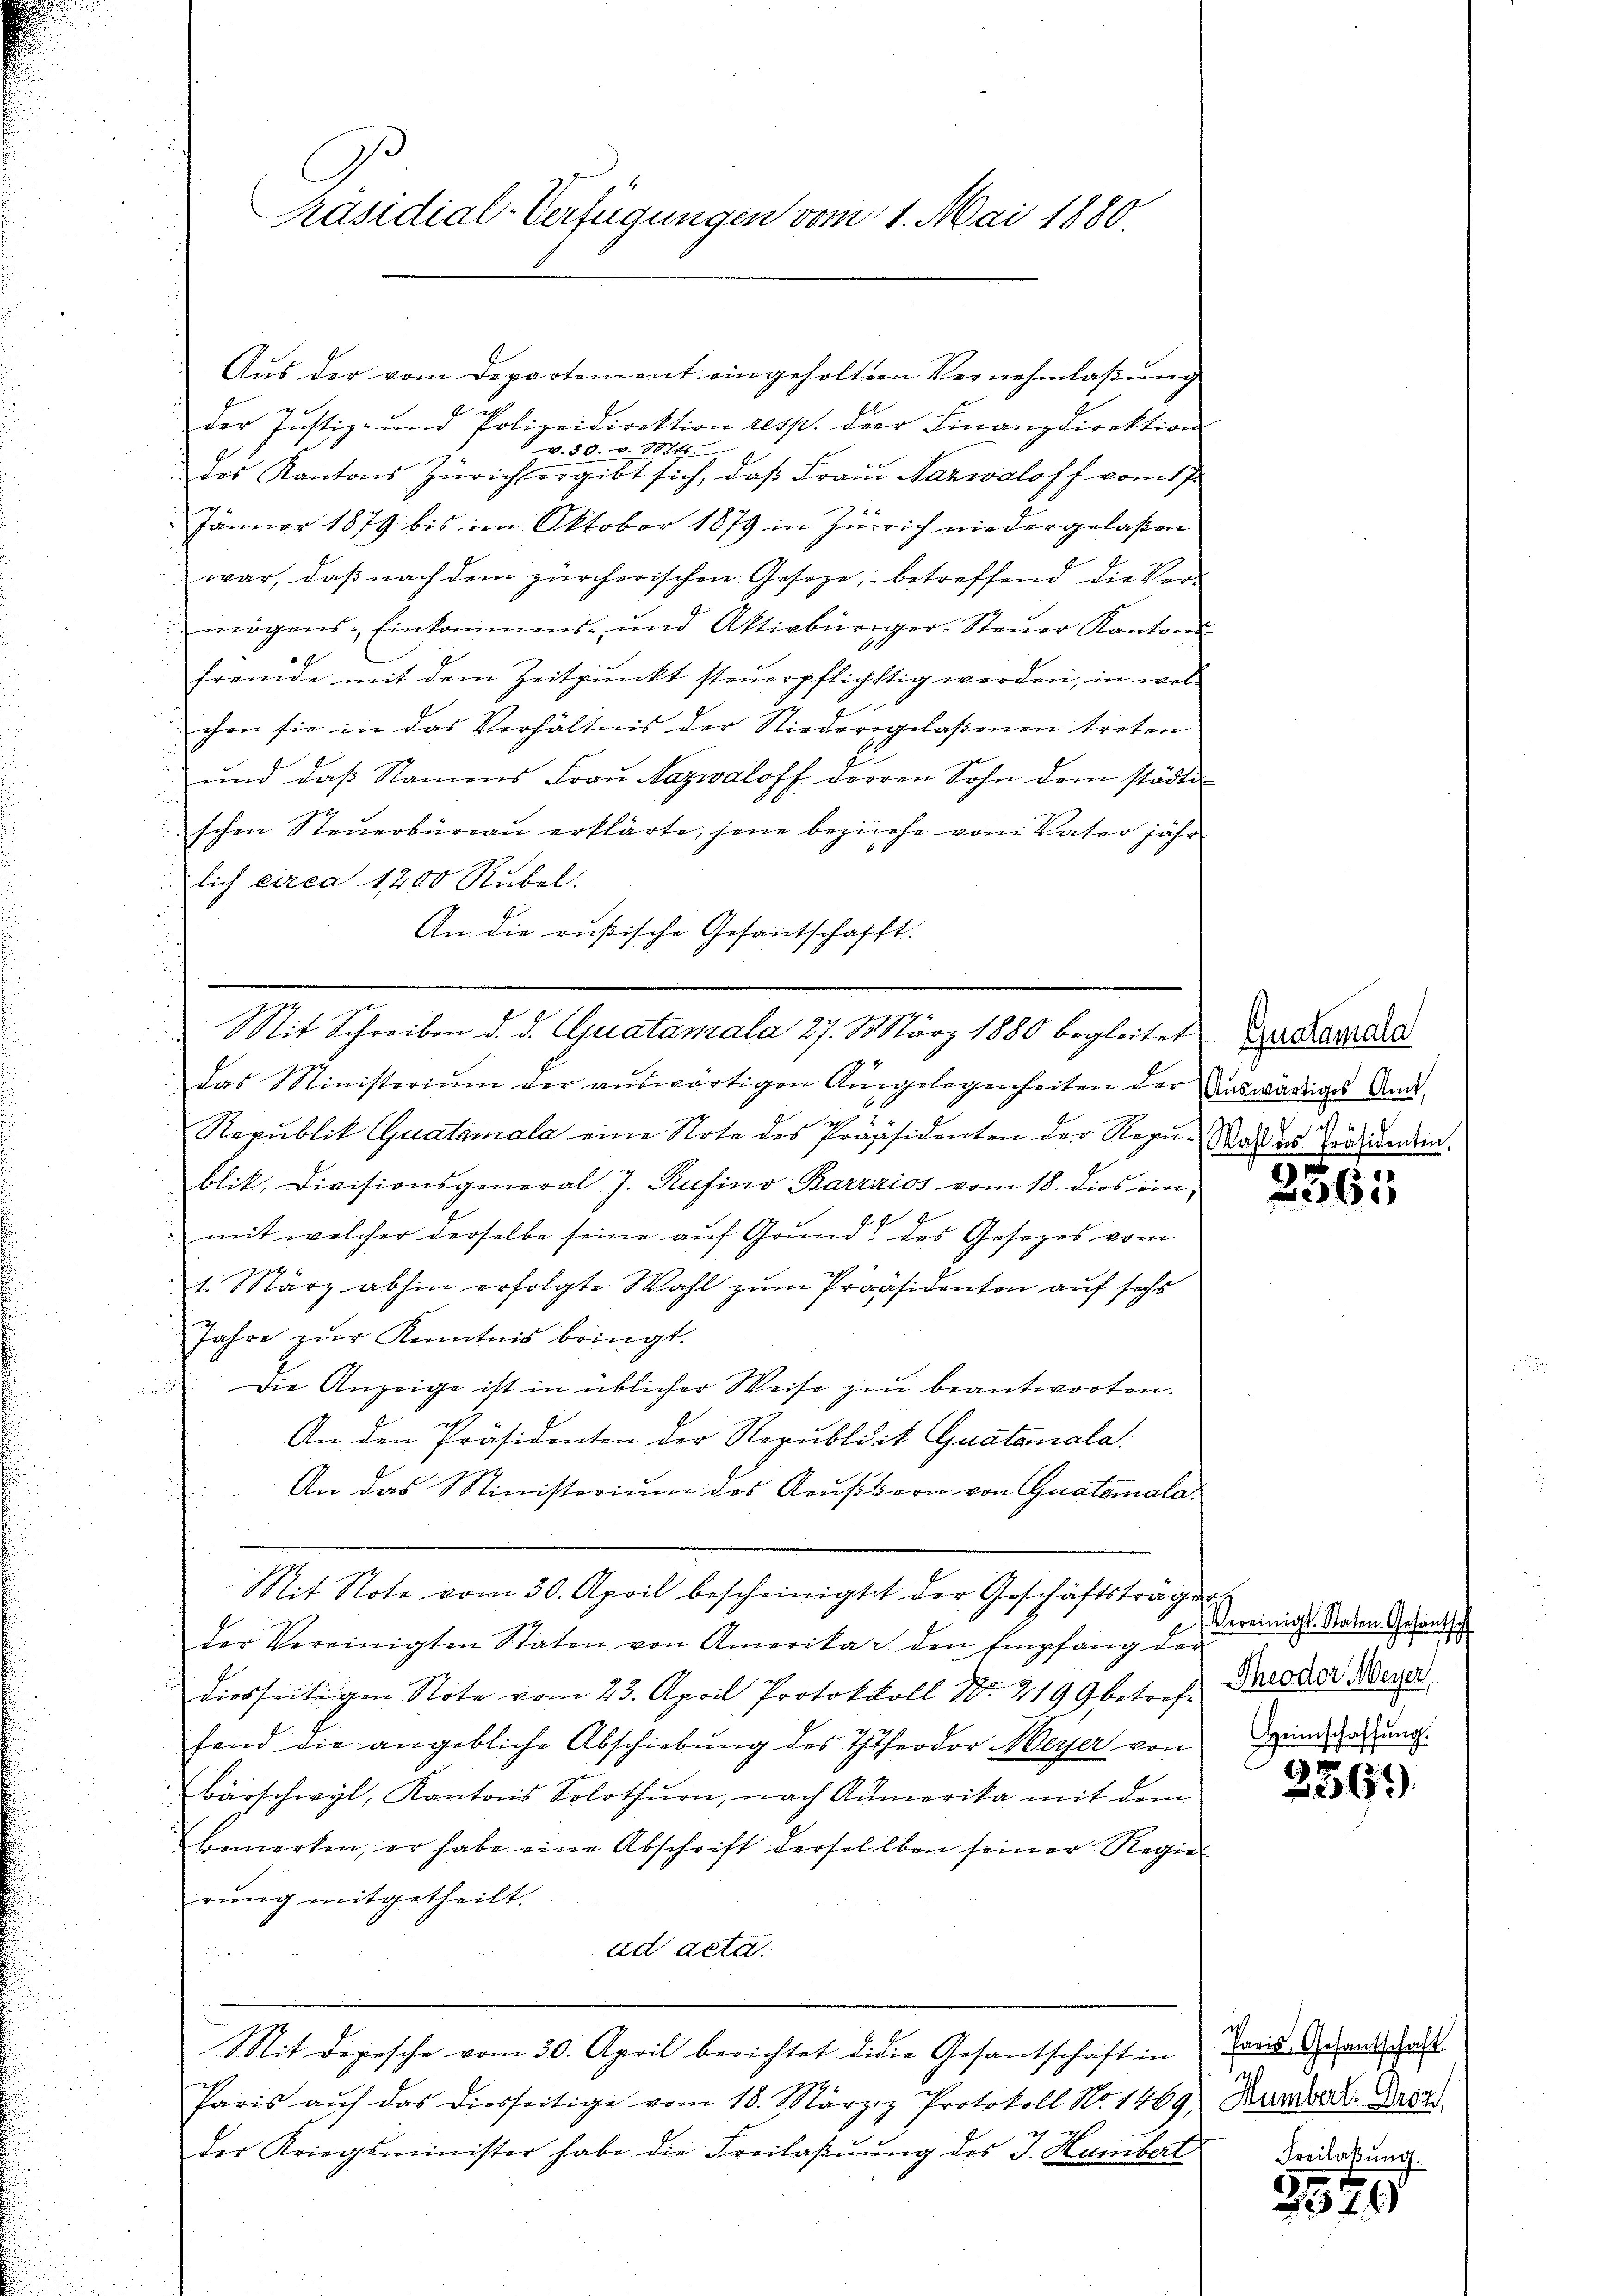
Präsidial-Verfügungen vom 11. Mai 1880.

Aŭs der vom Departement eingeholten Vernehmlaβŭng
4 x
der Justiz- und Polizeidirektion resp. der Finanzdirektion
v. 30. v. 10710.
des Kantons Zürich ergibt sich, daß Frau Nazwaloff vom 17.
Jänner 1879 bis im Oktober 1879 in Zürich niedergelaßen
 war, daß nach dem zürcherischen Gesetze, betreffend die Vermögens- Einkommens- und Aktivbürger-Steŭer Kantons
fremde mit dem Zeitpunkt steuerpflichstig werden, in welchen sie in das Verhältnis der Niedergelaßenen treten
und daß Namens Fraŭ Nazwaloff derren Sohn dem städti-
schen Steuerbüreau erklärte, jene beziehe vom Vater jähr
lich circa 1200 Rubel.
An die rußische Gesantschafft.

Mit Schreiben d. d. Guatamala 27. März 1880 begleitet zur Landra
Das Ministerium der aŭswärtigen Ausgelegenheiten der auswärtiges Ande-

Republik Quatamala eine Note des Präsidenten der Regu-Wald des Vordenden.
blik, Divisionsgeneral J. Rufino Barrzios vom 18. dies ein-
7
mit welcher derselbe seine auf Grund des Gesetzes vom
1. März abhin erfolgte Wahl zum Präsidenten auf sechs
Jahre zŭr Kenntnis bringt.
Die Anzeige ist in üblicher Weise zu beantworten.
An den Präsidenten der Republicit Quatanala
An das Ministerium des Aeussern von Gustanala¬
Mit Note vom 30. April bescheinigtt der Geschäftsträgen
der Vereinigten Staten von Amerikar den Empfang der
diesseitigen Note vom 23. April Protokoll No. 2199 betreff Dresder Meyer
fend die angebliche Abschiebŭng des Theodor Meyer von Grundsatzung.
bärschwyl, Kantons Solothurn, nach Amerika mit dem
bemerken, er habe eine Abschrift derselben seiner Regie-
rung mitgetheilt.

ad deta

Paris aŭf das diesseitige vom 18. Märziz Protokoll No 1469) Hander. Dass

der Kriegsminister habe die Freilaβŭŭng des J. Kambert

Mit depesche vom 30. April berichtet didie Gesantschaft in

i

2365

Vereinigt. Staten Gesantsch

2569.

Paris, Gesantschaft
d
Freilakung.

3349